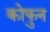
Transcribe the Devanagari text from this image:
कोफुन